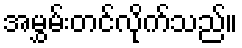
အမွှမ်းတင်လိုက်သည်။